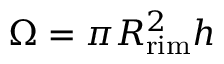
\Omega = \pi R _ { \mathrm { r i m } } ^ { 2 } h